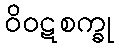
ဝိဝဋစက္ခု